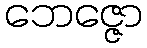
ဘေဇ္ဇော